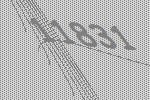
11831